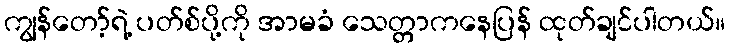
ကျွန်တော့်ရဲ့ ပတ်စ်ပို့ကို အာမခံ သေတ္တာကနေပြန် ထုတ်ချင်ပါတယ်။